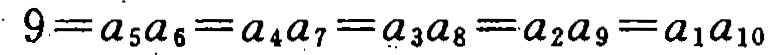
$9 = a_{5}a_{6} = a_{4}a_{7} = a_{3}a_{8} = a_{2}a_{9} = a_{1}a_{10}$